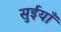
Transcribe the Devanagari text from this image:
सुईयाँ